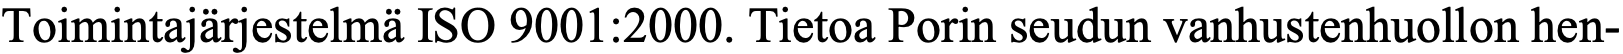
Toimintajärjestelmä ISO 9001:2000. Tietoa Porin seudun vanhustenhuollon hen-